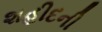
શહીદની